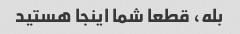
بله، قطعا شما اینجا هستید